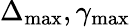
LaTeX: \Delta_{\mathrm{max}},\gamma_{\mathrm{max}}